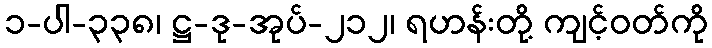
၁-ပါ-၃၃၈၊ ဋ္ဌ-ဒု-အုပ်-၂၁၂၊ ရဟန်းတို့ ကျင့်ဝတ်ကို